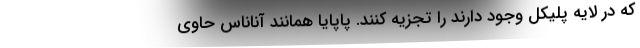
که در لایه پلیکل وجود دارند را تجزیه کنند. پاپایا همانند آناناس حاوی